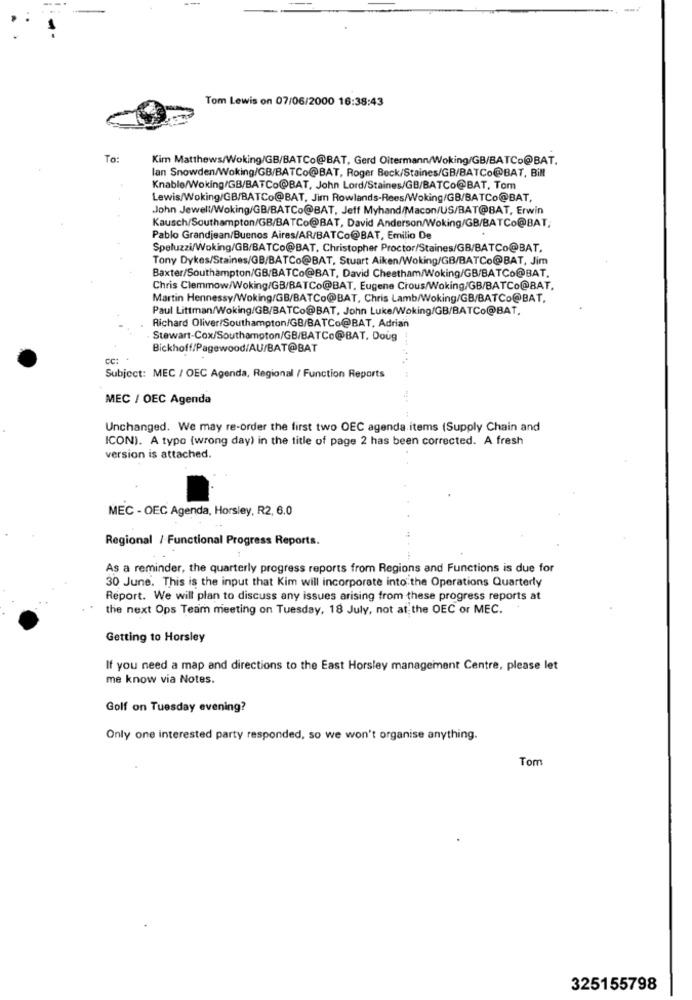
Tom Lewis on 07/06/2000 16:38:43
To:
Kim Matthews/Woking/GB/BATCo@BAT, Gerd Oitermann/Woking/GB/BATCo@BAT.
lan Snowden/Woking/GB/BATCo@BAT, Roger Beck/Staines/GB/BATCo@BAT, Bill
Knable/Woking/GB/BATCo@BAT, John Lord/Staines/GB/BATCo@BAT, Tom
Lewis/Woking/GB/BATCo@BAT, Jim Rowlands-Rees/Woking/GB/BATCo@BAT,
John Jewell/Woking/GB/BATCo@BAT, Jeff Myhand/Macon/US/BAT@BAT, Erwin
Kausch/Southampton/GB/BATCo@BAT, David Anderson/Woking/GB/BATCo@BAT;
Pablo Grandjean/Buenos Aires/AR/BATCo@BAT, Emilio De
Speluzzi/Woking/GB/BATCo@BAT, Christopher Proctor/Staines/GB/BATCo@BAT,
Tony Dykes/Staines/GB/BATCo@BAT, Stuart Aiken/Woking/GB/BATCo@BAT, Jim
Baxter/Southampton/GB/BATCo@BAT, David Cheatham/Woking/GB/BATCo@BAT.
Chris Clemmow/Woking/GB/BATCo@BAT, Eugene Crous/Woking/GB/BATCo@BAT,
Martin Hennessy/Woking/GB/BATCo@BAT, Chris Lamb/Woking/GB/BATCo@BAT,
Paul Littman/Woking/GB/BATCo@BAT, John Luke/Woking/GB/BATCo@BAT.
Richard Oliver/Southampton/GB/BATCo@BAT, Adrian
Stewart-Cox/Southampton/GB/BATCo@BAT. Doug
Bickhoff/Pagewood/AU/BAT@BAT
cc:
Subject: MEC / OEC Agenda, Regional / Function Reports
MEC / OEC Agenda
Unchanged. We may re-order the first two OEC agenda items (Supply Chain and
ICON). A typo (wrong day) in the title of page 2 has been corrected. A fresh
version is attached.
MEC - OEC Agenda, Horsley, R2, 6.0
Regional / Functional Progress Reports.
As a reminder, the quarterly progress reports from Regions and Functions is due for
30 June. This is the input that Kim will incorporate into the Operations Quarterly
Report. We will plan to discuss any issues arising from these progress reports at
the next Ops Team meeting on Tuesday, 18 July, not at the DEC or MEC.
Getting to Horsley
If you need a map and directions to the East Horsley management Centre, please let
me know via Notes.
Golf on Tuesday evening?
Only one interested party responded, so we won't organise anything.
Tom
325155798